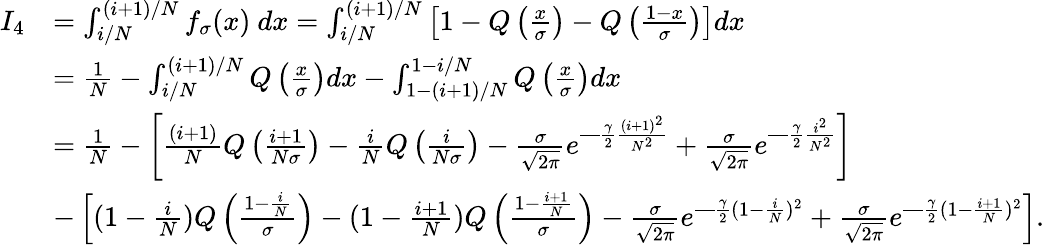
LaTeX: \begin{array}{rl}{I_{4}}&{=\int_{i/N}^{(i+1)/N}f_{\sigma}(x)~dx=\int_{i/N}^{(i+1)/N}\left[1-Q\left(\frac{x}{\sigma}\right)-Q\left(\frac{1-x}{\sigma}\right)\right]dx}\\ &{=\frac{1}{N}-\int_{i/N}^{(i+1)/N}Q\left(\frac{x}{\sigma}\right)dx-\int_{1-(i+1)/N}^{1-i/N}Q\left(\frac{x}{\sigma}\right)dx}\\ &{=\frac{1}{N}-\left[\frac{(i+1)}{N}Q\left(\frac{i+1}{N\sigma}\right)-\frac{i}{N}Q\left(\frac{i}{N\sigma}\right)-\frac{\sigma}{\sqrt{2\pi}}e^{—\frac{\gamma}{2}\frac{(i+1)^{2}}{N^{2}}}+\frac{\sigma}{\sqrt{2\pi}}e^{—\frac{\gamma}{2}\frac{i^{2}}{N^{2}}}\right]}\\ &{-\left[(1-\frac{i}{N})Q\left(\frac{1-\frac{i}{N}}{\sigma}\right)-(1-\frac{i+1}{N})Q\left(\frac{1-\frac{i+1}{N}}{\sigma}\right)-\frac{\sigma}{\sqrt{2\pi}}e^{—\frac{\gamma}{2}(1-\frac{i}{N})^{2}}+\frac{\sigma}{\sqrt{2\pi}}e^{—\frac{\gamma}{2}(1-\frac{i+1}{N})^{2}}\right].}\end{array}